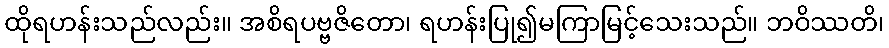
ထိုရဟန်းသည်လည်း။ အစိရပဗ္ဗဇိတော၊ ရဟန်းပြု၍မကြာမြင့်သေးသည်။ ဘဝိဿတိ၊